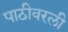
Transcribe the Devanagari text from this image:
पाठीवरली